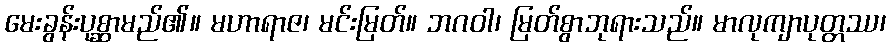
မေးခွန်းပုစ္ဆာမည်၏။ မဟာရာဇ၊ မင်းမြတ်။ ဘဂဝါ၊ မြတ်စွာဘုရားသည်။ မာလုကျာပုတ္တဿ၊